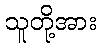
သူတို့အား